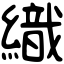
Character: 織